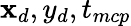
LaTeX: \mathbf{x}_{d},y_{d},t_{mcp}